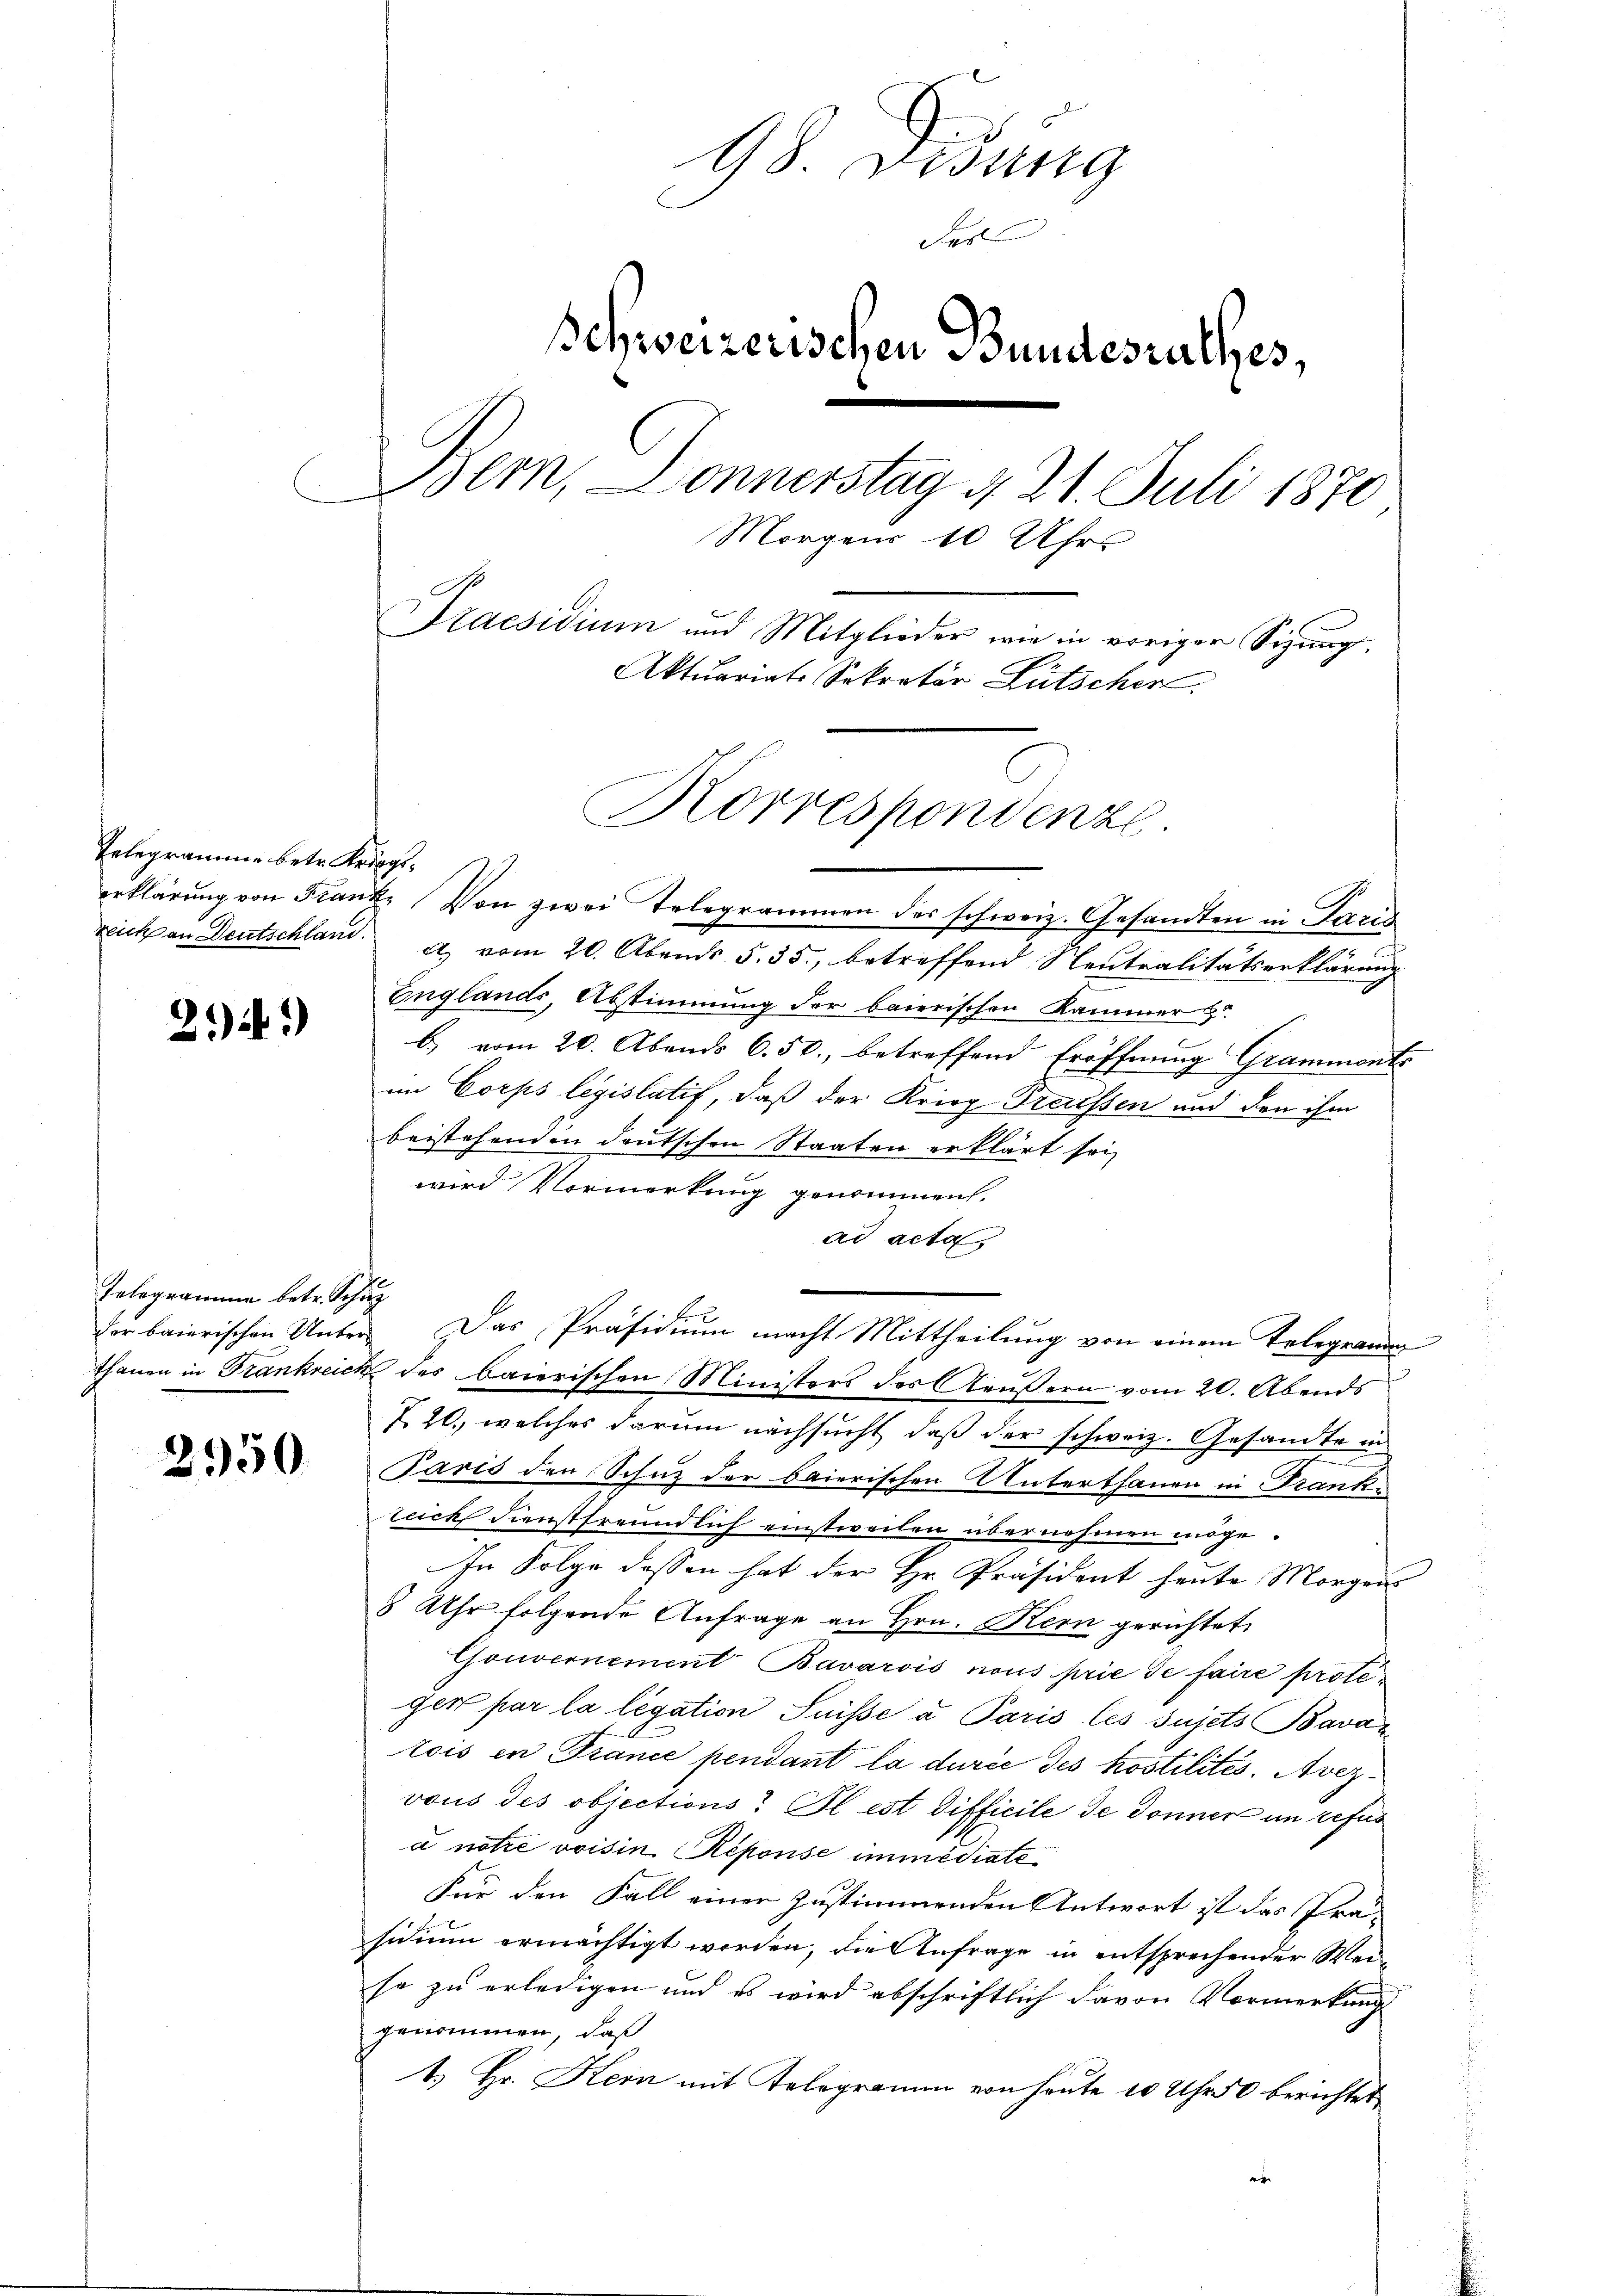
Telegramme betr. Kriegs¬

214)

Telegramme betr. Schuz

2950

98. Debung
des
Schweizerischen Bundesrathes,
Bern, Donnerstag 4. 21. Juli 1870
Mo
gens
10
Uhrs
Praesidium und Mitglieder wie in voriger Sigung.
Aktuariats Sekretär Lütscher.
Korrespondenze.

erklärŭng von Frank. Von zwei Telegrammen des schweiz. Gesandten in Paris
reich an Deutschland. d. vom 20. Abends 5. 35. betreffend Neutralitätserklärung
Englands, Abstimmung der baierischen Kammer
b) vom 20. Abends 6.50., betreffend Eröffnung Grammontr
im Corps legislatif, daß der Krieg Treussen und den ihm
beistehenden deutschen Staaten erklärt sei,
wird Vormerkung genommen.
ad acta
f
thanen in Frankreich der baierischen Ministers des Aeußern vom 20. Abends
20., welches darum nachsucht, daß der schweiz. Gesandte in
Paris den Schutz der baierischen Unterthanen in Franke
teich Dienstfreundlich einstweilen übernehmen möge.
In Folge dessen hat der Hr. Präsident heute Morgens
8 Uhr folgende Anfrage an Hrn. Kern gerichtet
Gouvernement Bavarois nous prie de faire proteger par la légation Suisse a Paris les sujets Bava
tois in France pendant la durée des kostilités. Avezvous des objections. Il est difficile de Donner in refus
a notre voisin Reponse immédiate
Für den Fall einer Zustimmenden Antwort ist das Präsidium ermächtigt worden, die Anfrage in entsprechender Weisa zu erledigen und es wird abschriftlich davon Vormerkung
genommen, daß
1. Hr. Kein mit Telegramm von heute 10 Uhr 50 berichtet
e

der baierischen Unter. Das Präsidium macht Mittheilung von einem Telegramm